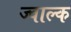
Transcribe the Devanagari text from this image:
ज्वाल्क